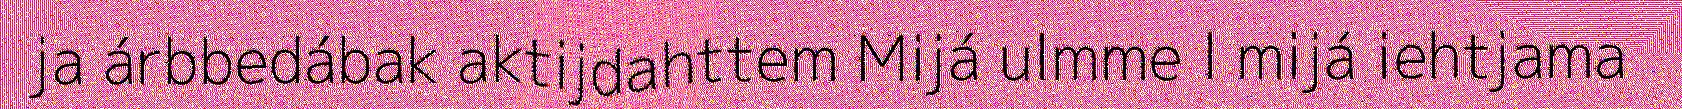
ja árbbedábak aktijdahttem Mijá ulmme l mijá iehtjama